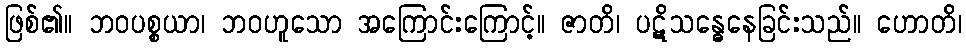
ဖြစ်၏။ ဘဝပစ္စယာ၊ ဘဝဟူသော အကြောင်းကြောင့်။ ဇာတိ၊ ပဋိသန္ဓေနေခြင်းသည်။ ဟောတိ၊